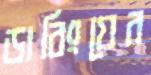
ডাবিংয়ের